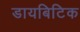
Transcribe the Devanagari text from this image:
डायबिटिक